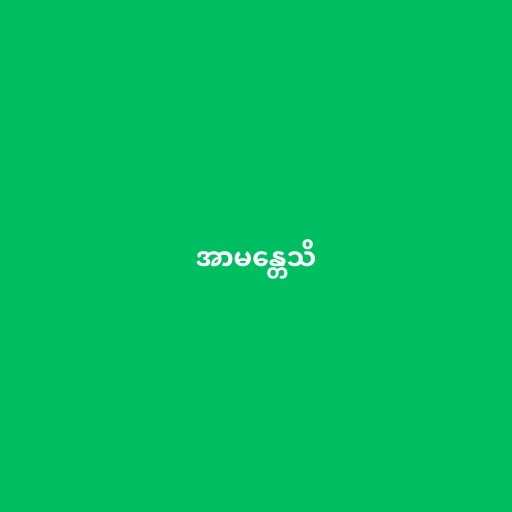
အာမန္တေသိ